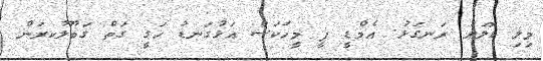
މިލި ޑޮލަރު ރަނގަޅު. އެމްޑީ ޕީ މީހަކަސް އަޅުގަނޑު ހަގީ ގަތް ގަބޫލުކރަން